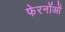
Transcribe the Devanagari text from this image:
फेरनॉओं